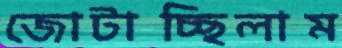
জোটাচ্ছিলাম